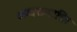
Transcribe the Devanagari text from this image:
अव्यक्तशक्ति